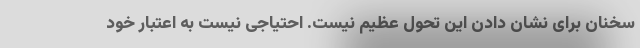
سخنان برای نشان دادن این تحول عظیم نیست. احتیاجی نیست به اعتبار خود